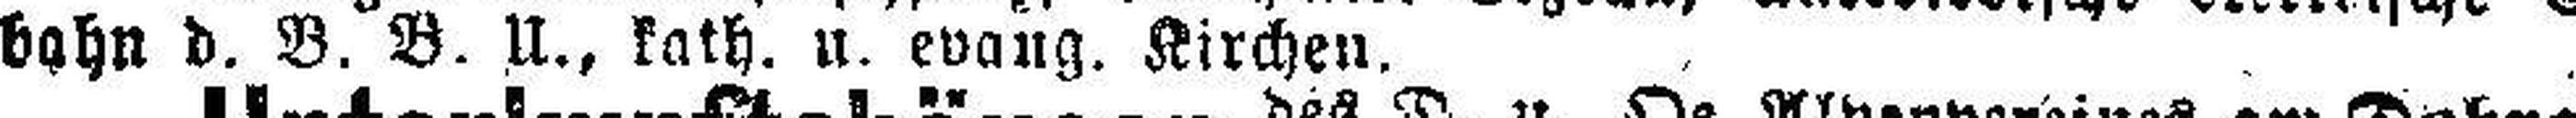
bahn d. B. B. U., kath. u. evang. Kirchen.